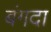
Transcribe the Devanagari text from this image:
बंगदा